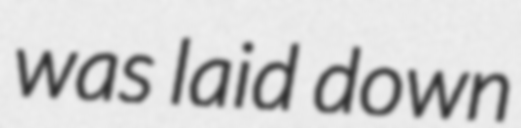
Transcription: was laid down